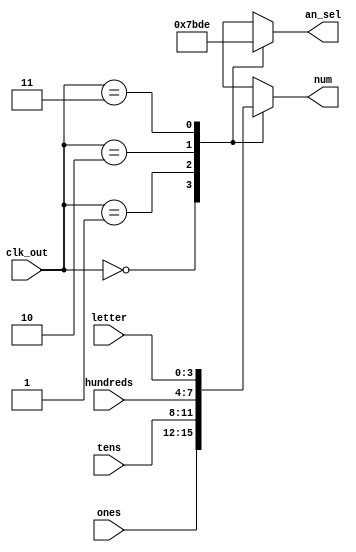
module MUX(
  input[1:0]clk_out,
  input[3:0]ones,
  input[3:0]tens,
  input[3:0]hundreds,
  input[3:0]letter,
  output reg[3:0]num,
  output reg[3:0]an_sel
  );
  always@(*)
  begin
    case(clk_out)
      2'b00: begin num = ones; an_sel=4'b0111; end 
      2'b01: begin num = tens; an_sel=4'b1011; end
      2'b10: begin num = hundreds; an_sel=4'b1101; end
      2'b11: begin num = letter; an_sel=4'b1110; end
    endcase
  end
  endmodule